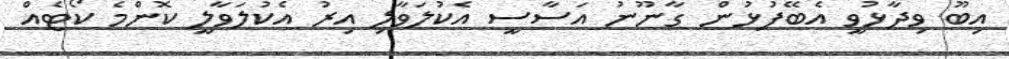
އިބޫ ވިދާޅުވީ އެބޭފުޅުން ގާނޫނު އަސާސީ އެކުލަވާލި އިރު އެކުލަވާލީ ކޮންމެ ކޯޓެއް